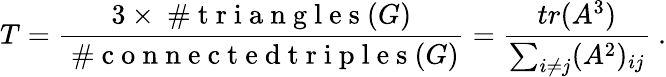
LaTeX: T=\frac{3\times\mathrm{~\# ~t~r~i~a~n~g~l~e~s~}(G)}{\mathrm{~\# ~c~o~n~n~e~c~t~e~d~t~r~i~p~l~e~s~}(G)}=\frac{tr(A^{3})}{\sum_{i\ne j}(A^{2})_{ij}}\ .